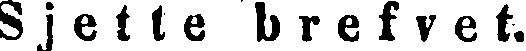
Sjette brefvet.